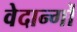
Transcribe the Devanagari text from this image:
वेदान्गों